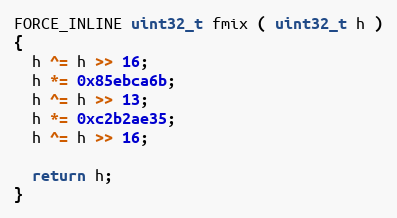
Language: C++
FORCE_INLINE uint32_t fmix ( uint32_t h )
{
  h ^= h >> 16;
  h *= 0x85ebca6b;
  h ^= h >> 13;
  h *= 0xc2b2ae35;
  h ^= h >> 16;

  return h;
}